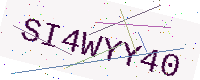
Text: SI4WYY40